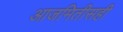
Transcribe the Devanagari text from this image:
आजमितीसही